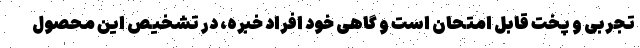
تجربی و پخت قابل امتحان است و گاهی خود افراد خبره، در تشخیص این محصول